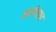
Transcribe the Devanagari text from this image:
आधीचाच